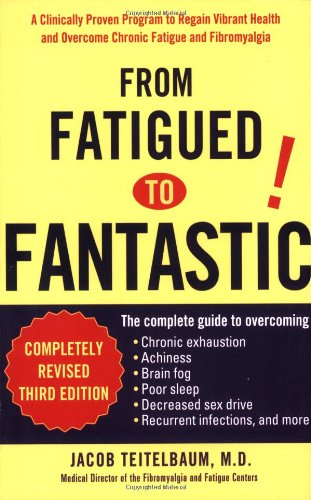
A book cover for From Fatigued to Fantastic; Jacob Teitelbaum M.D.; Health, Fitness & Dieting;